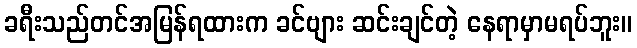
ခရီးသည်တင်အမြန်ရထားက ခင်ဗျား ဆင်းချင်တဲ့ နေရာမှာမရပ်ဘူး။